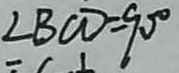
\angle B C D = 9 0 ^ { \circ }